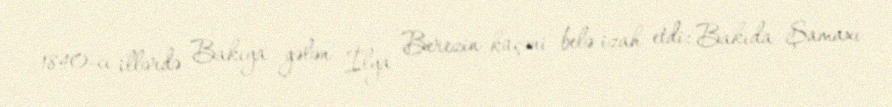
1840-cı illərdə Bakıya gələn İlya Berezin küçəni belə izah etdi: Bakıda Şamaxı